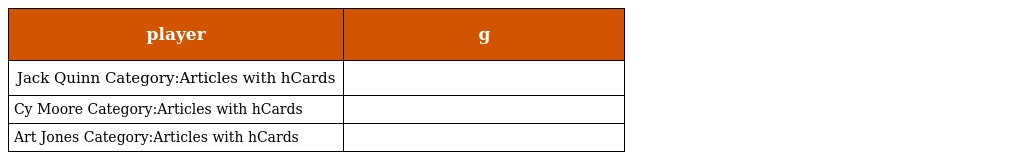
| player | g |
 | --- | --- |
 | Jack Quinn Category:Articles with hCards |  |
 | Cy Moore Category:Articles with hCards |  |
 | Art Jones Category:Articles with hCards |  |